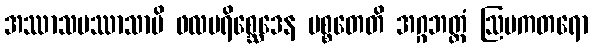
အဿာသပဿာသာပိ ဖလပရိစ္ဆေဒေန ပစ္စတေတိ အဂ္ဂဘတ္တံ ဩမကတရော